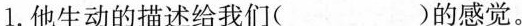
1.他生动的描述给我们( )的感觉。